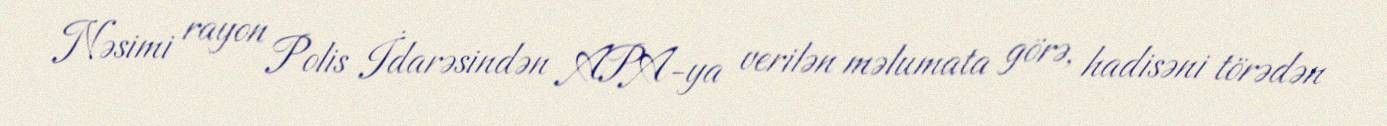
Nəsimi rayon Polis İdarəsindən APA-ya verilən məlumata görə, hadisəni törədən